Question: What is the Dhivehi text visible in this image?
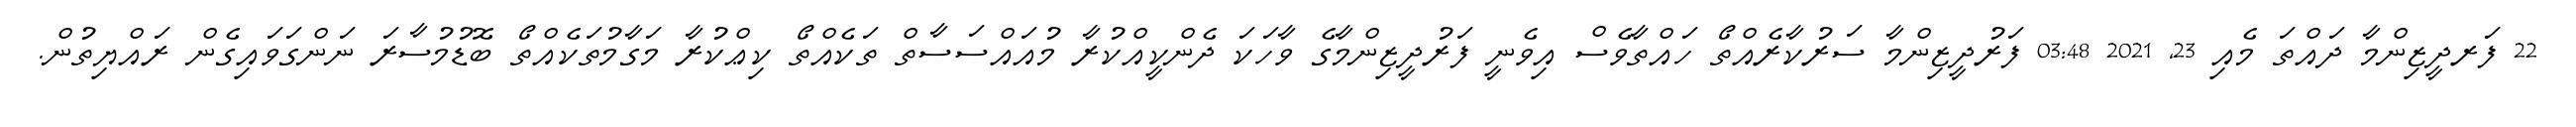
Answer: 22 ފަރދީޒިންމާ ދައްތަ މެއި 23, 2021 03:48 ފަރުދީޒިންމާ ސަރުކާރެއްތޯ ހައްތާވެސް އިވެނީ ފަރުދީޒިންމާގެ ވާހަކަ ދެންކީއްކުރާ މުއައްސަސާތް ތަކެއްތޯ ކިޢްކުރާ މަގާމުތަކެއްތޯ ބޮޑުމުސާރަ ނަންގަވައިގެން ރައްޔިތުން.